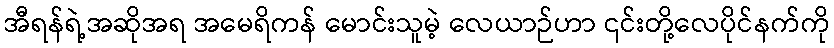
အီရန်ရဲ့အဆိုအရ အမေရိကန် မောင်းသူမဲ့ လေယာဉ်ဟာ ၎င်းတို့လေပိုင်နက်ကို